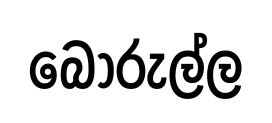
බොරුල්ල